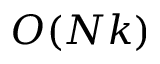
O ( N k )